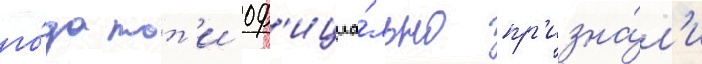
го́да тот'и оф'ициа́льно пр'изна́л'и